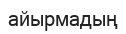
айырмадың